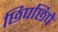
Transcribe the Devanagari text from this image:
छिपछिपे